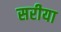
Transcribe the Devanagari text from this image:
सरीया